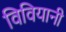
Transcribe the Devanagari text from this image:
विवियानी